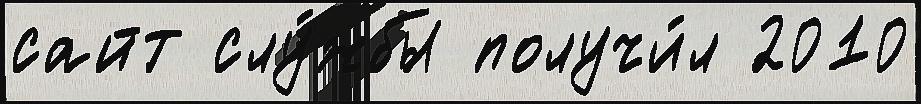
сайт слу́жбы получи́л 2010